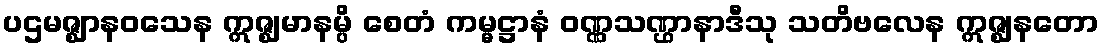
ပဌမဇ္ဈာနဝသေန ဣဇ္ဈမာနမ္ပိ စေတံ ကမ္မဋ္ဌာနံ ဝဏ္ဏသဏ္ဌာနာဒီသု သတိဗလေန ဣဇ္ဈနတော